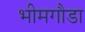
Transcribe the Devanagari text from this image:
भीमगौडा